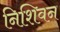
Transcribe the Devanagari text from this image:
निशिवन